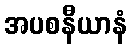
အပစနီယာနံ